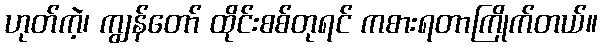
ဟုတ်ကဲ့၊ ကျွန်တော် ထိုင်းစစ်တုရင် ကစားရတာကြိုက်တယ်။